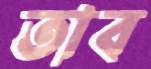
তাব